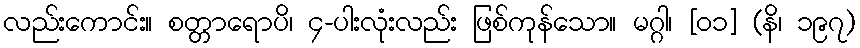
လည်းကောင်း။ စတ္တာရောပိ၊ ၄-ပါးလုံးလည်း ဖြစ်ကုန်သော။ မဂ္ဂါ၊ [၀၁] (နိ၊ ၁၉၇)